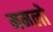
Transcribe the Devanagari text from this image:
ममलो